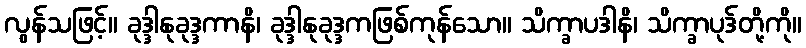
လွန်သဖြင့်။ ခုဒ္ဒါနုခုဒ္ဒကာနိ၊ ခုဒ္ဒါနုခုဒ္ဒကဖြစ်ကုန်သော။ သိက္ခာပဒါနိ၊ သိက္ခာပုဒ်တို့ကို။